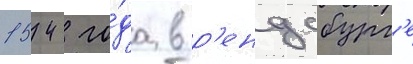
1542 го́да в р'ендсбург'е